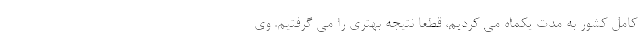
کامل کشور به مدت یکماه می کردیم، قطعا نتیجه بهتری را می گرفتیم. وی